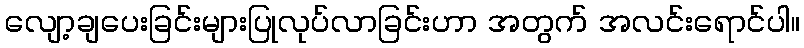
လျော့ချပေးခြင်းများပြုလုပ်လာခြင်းဟာ အတွက် အလင်းရောင်ပါ။